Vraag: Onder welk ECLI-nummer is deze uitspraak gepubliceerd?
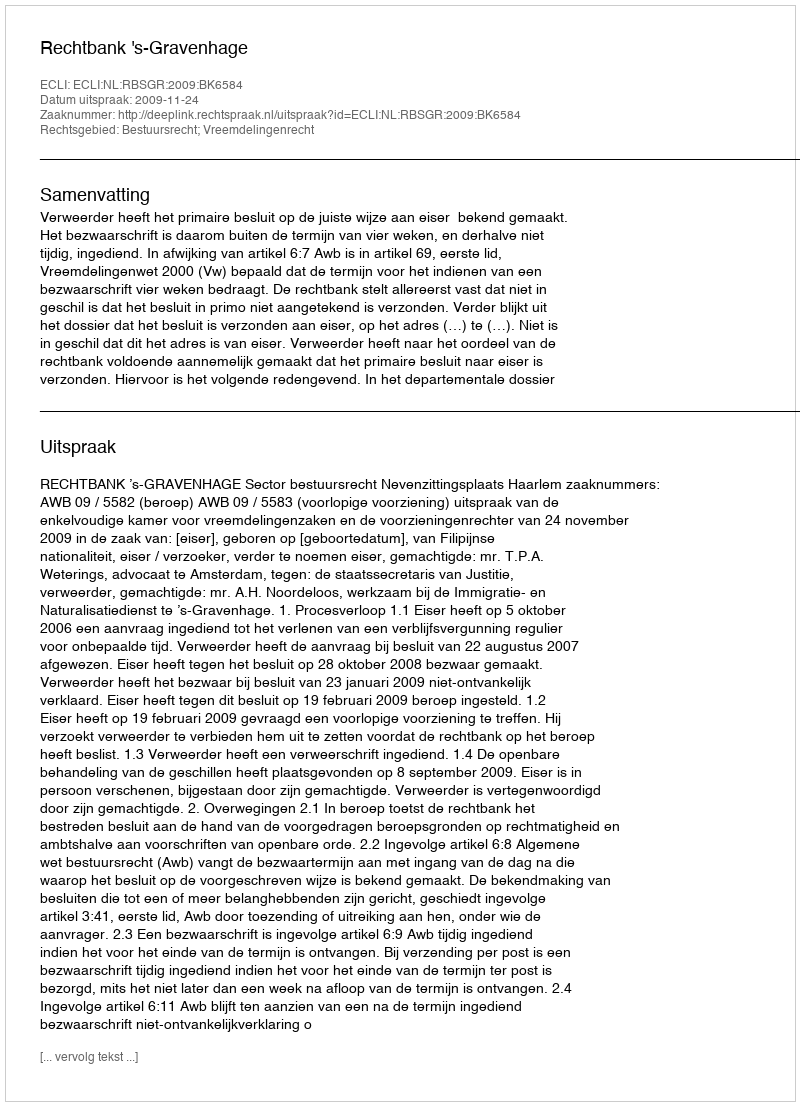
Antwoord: ECLI:NL:RBSGR:2009:BK6584